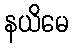
နယိမေ